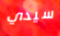
سيدي